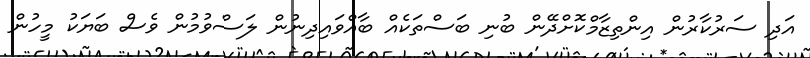
އަދި ސަރުކާރުން އިންތިޒާމްކޮށްދޭން ބުނި ބަސްތަކެއް ބާއްވައިދިނުން ލަސްވުމުން ވެސް ބަޔަކު މީހުން